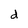
Character: d